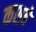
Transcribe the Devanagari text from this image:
कशबे